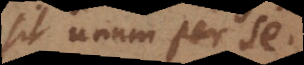
sit unum per se.